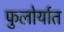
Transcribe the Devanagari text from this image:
फुलोर्यात